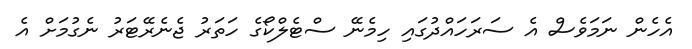
އެހެން ނަމަވެސް އެ ސަރަހައްދުގައި ހިމެނޭ ސްޓެލްކޯގެ ހަތަރު ޖެނެރޭޓަރު ނެގުމަށް އެ